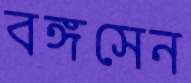
বঙ্গসেন